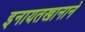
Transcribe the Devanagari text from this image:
इनायतखानाने